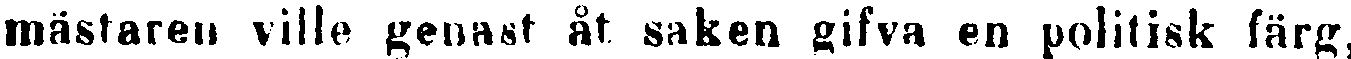
mästaren ville genast åt saken gifva en politisk färg,